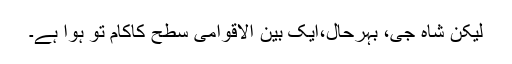
لیکن شاہ جی، بہرحال،ایک بین الاقوامی سطح کاکام تو ہوا ہے۔